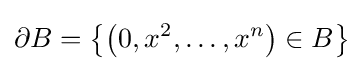
\partial B=\left\{\left(0,x^{2},\ldots ,x^{n}\right)\in B\right\}